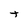
Character: t